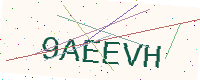
Text: 9AEEVH